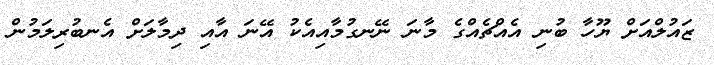
ޒައުލްއަށް ޔޫހާ ބުނި އެއްޗެއްގެ މާނަ ނޭނގުމާއިއެކު އޭނަ އާއި ދިމާލަށް އެނބުރިލަމުން